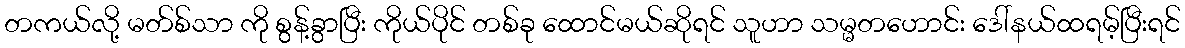
တကယ်လို့ မတ်စ်သာ ကို စွန့်ခွာပြီး ကိုယ်ပိုင် တစ်ခု ထောင်မယ်ဆိုရင် သူဟာ သမ္မတဟောင်း ဒေါ်နယ်ထရမ့်ပြီးရင်